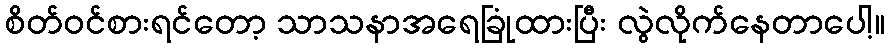
စိတ်ဝင်စားရင်တော့ သာသနာအရေခြုံထားပြီး လွဲလိုက်နေတာပေါ့။